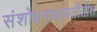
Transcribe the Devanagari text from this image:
संशोधनाबाबतीतील